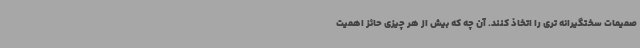
صمیمات سختگیرانه تری را اتخاذ کنند. آن چه که بیش از هر چیزی حائز اهمیت